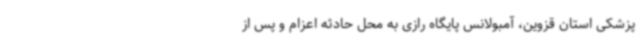
پزشکی استان قزوین، آمبولانس پایگاه رازی به محل حادثه اعزام و پس از